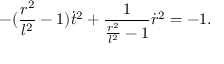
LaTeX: - ( \frac { r ^ { 2 } } { l ^ { 2 } } - 1 ) \dot { t } ^ { 2 } + \frac { 1 } { \frac { r ^ { 2 } } { l ^ { 2 } } - 1 } \dot { r } ^ { 2 } = - 1 .